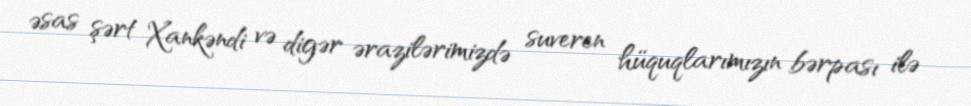
əsas şərt Xankəndi və digər ərazilərimizdə suveren hüquqlarımızın bərpası ilə